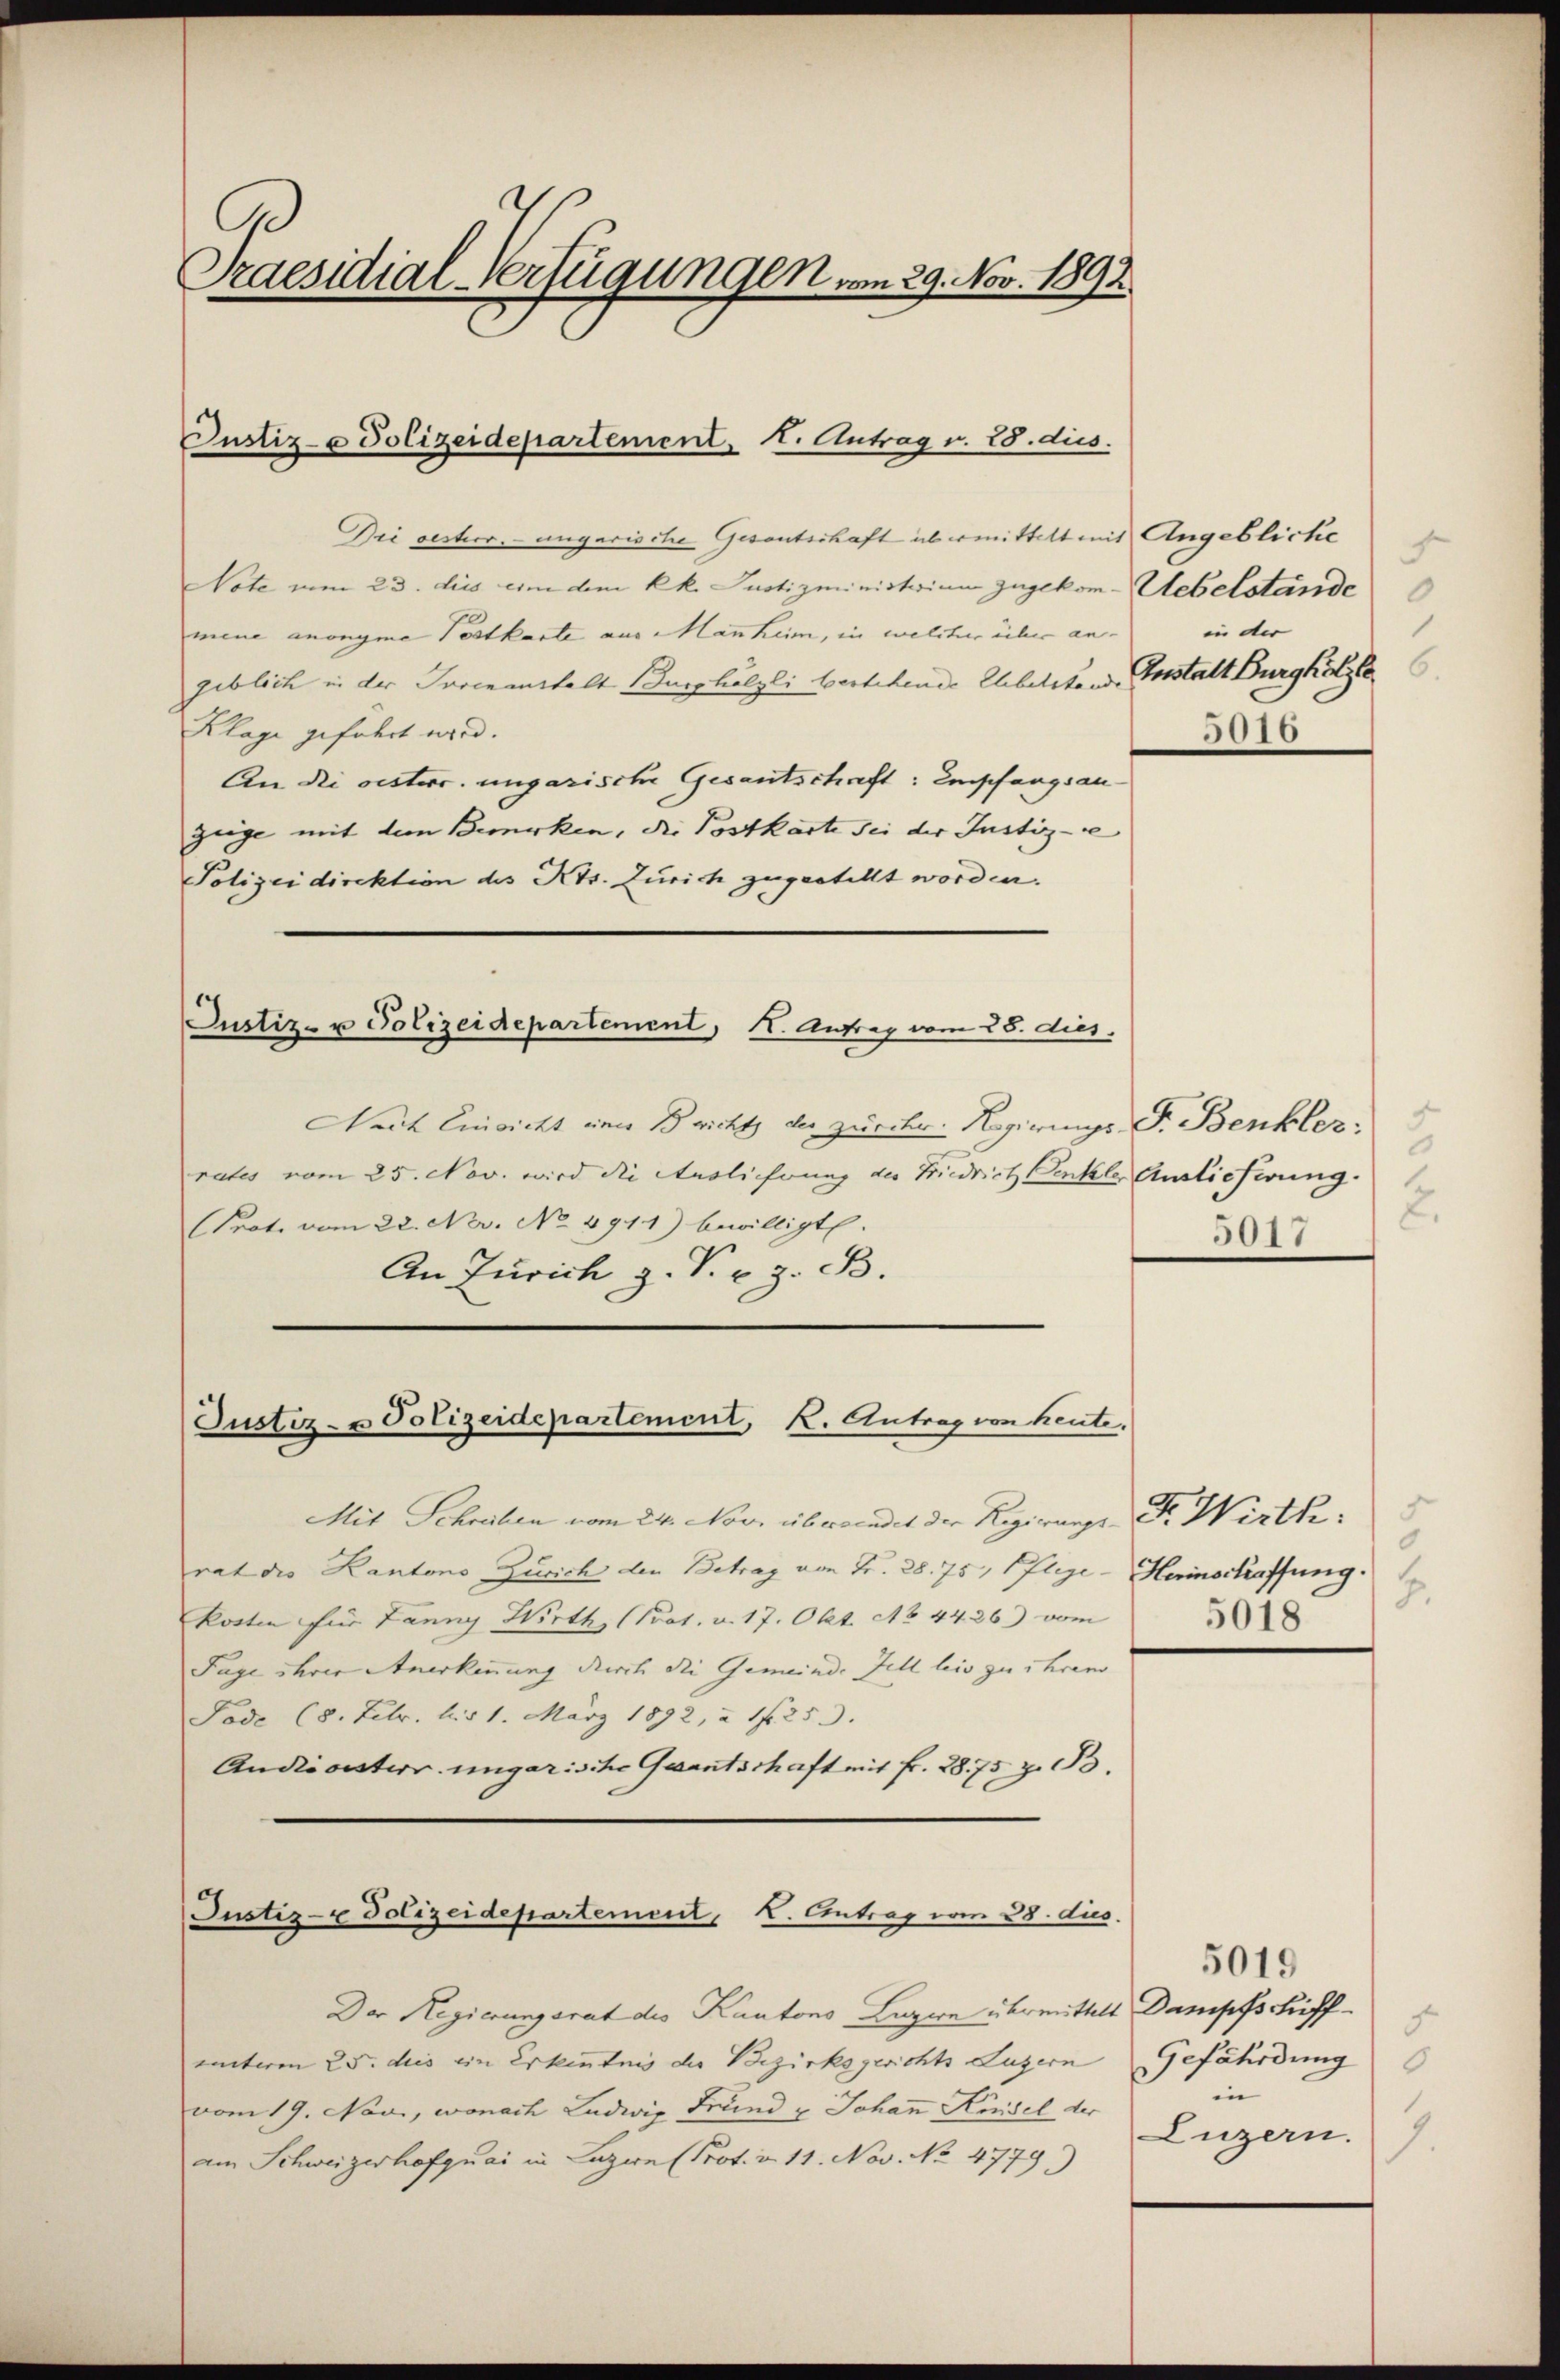
Praesidial-Verfügungen vom 29. Nov. 1892.

Die sesterr. ungarische Gesantschaft übermittelt mit Angebliche
Note vom 23. dies ein dem kk. Justizministerium zugekom-Uebelstände
mene anonyme Postkarte aus Mannheim, in welcher über an-
geblich in der Jovenanstalt Burghölzli bestehende Ehebelsten Anstalt Burghölzle
Klage gefahrt wird.
An die vesterr. ungarische Gesantschaft: Empfangsanzüge mit dem Bemerken, die Postkarte sei der Justiz-
Polizeidirektion des Kts. Zürich zugestellt worden.
Justiz- u Polizeidepartement, K. Antrag vom 28. dies
Nach Einsicht eine Bricht der zürch. Regierungs F. Benkler-
rates vom 25. Nov. wird die Auslihrung des Friedrich Cenkle Auslieferung.
(Prot. vom 22. Nov. No. 4919) bewilligt.
An Zürich z. P. u. z. B.

Justiz- u Polizeidepartement, I. Antrag v. 28. dies.

Justiz- u Polizeidepartement, K. Antrag von heute.

Mit Schreiben vom 24. Nov. überradet der Regierungs Dr. Wirthrat die Kantons, Zürich den Betrag von Fr. 28. 75, Pflege - Herinschaffung.
kosten für Tanny Wirth (Prat. v. 17. Okt. No 4426) vom
Tage ihrer Anerkennung durch die Gemeinde Fell leis zu ihrem
Tode (8. Febr. bis 1. März 1892, à 1 250. |
Andicoisterr. ungarische Gesantschaft mit Fr. 28. 75. z. B.
Justiz- & Polizeidepartement, . Antrag von 28. dus.
Der Regierungsrat des Kantons Luzern übermittelt Dampfschiffuunteren 25. dies ein Erkenntnis der Bezirksgerichts Luzern Gefährdung
vom 19. Novi, wonach Ludwig Grund u Johann Knidel der
am Schweizerhofquai in Luzern Prot. v. 11. Nov. No. 4779)

d
.
in der
3010

F
.
2.
5017

d
8.
5018

d
in
Luzern.
7.

5019